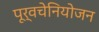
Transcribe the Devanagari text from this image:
पूर्वचेनियोजन